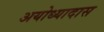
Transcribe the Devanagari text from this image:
अयोध्यादास